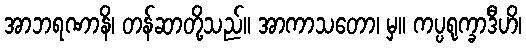
အာဘရဏာနိ၊ တန်ဆာတို့သည်။ အာကာသတော၊ မှ။ ကပ္ပရုက္ခာဒီဟိ၊